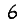
Digit: 6